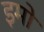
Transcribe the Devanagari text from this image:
इमो